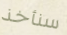
سنأخذ